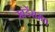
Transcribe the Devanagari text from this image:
खंडेंरामा।